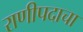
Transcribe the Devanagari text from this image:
राणीपदाचा